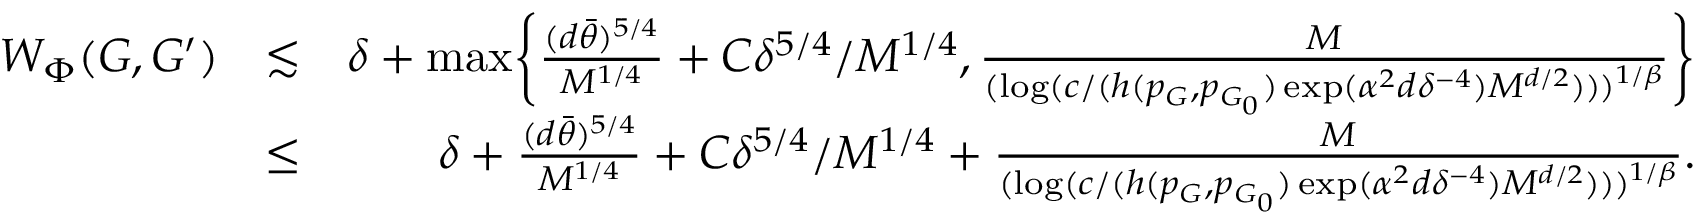
\begin{array} { r l r } { W _ { \Phi } ( G , G ^ { \prime } ) } & { \lesssim } & { \delta + \operatorname* { m a x } \biggr \{ \frac { ( d \bar { \theta } ) ^ { 5 / 4 } } { M ^ { 1 / 4 } } + C \delta ^ { 5 / 4 } / M ^ { 1 / 4 } , \frac { M } { ( \log ( c / ( h ( p _ { G } , p _ { G _ { 0 } } ) \exp ( \alpha ^ { 2 } d \delta ^ { - 4 } ) M ^ { d / 2 } ) ) ) ^ { 1 / \beta } } \biggr \} } \\ & { \leq } & { \delta + \frac { ( d \bar { \theta } ) ^ { 5 / 4 } } { M ^ { 1 / 4 } } + C \delta ^ { 5 / 4 } / M ^ { 1 / 4 } + \frac { M } { ( \log ( c / ( h ( p _ { G } , p _ { G _ { 0 } } ) \exp ( \alpha ^ { 2 } d \delta ^ { - 4 } ) M ^ { d / 2 } ) ) ) ^ { 1 / \beta } } . } \end{array}